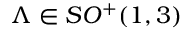
\Lambda \in S O ^ { + } ( 1 , 3 )